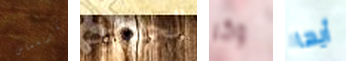
الكريسماس الجمارك وكر أيها